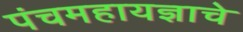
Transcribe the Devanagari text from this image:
पंचमहायज्ञाचे